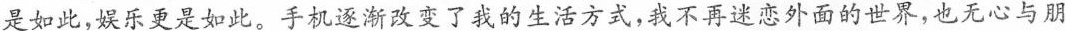
是如此。手机逐渐改变了我的生活方式，我不再迷恋外面的世界，也无心与朋